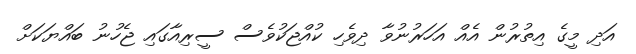
އަދި މީގެ އިތުރުން އެއް އަހަރުނުވާ ދިވެހި ކުއްޖަކުވެސް ސީރިއާގައި ޖެހުނު ބައްޔަކަށް